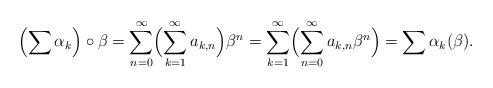
LaTeX: \begin{align*}\Bigl(\sum\alpha_k\Bigr)\circ\beta=\sum_{n=0}^\infty\Bigl(\sum_{k=1}^\infty a_{k,n}\Bigr)\beta^n=\sum_{k=1}^\infty\Bigl(\sum_{n=0}^\infty a_{k,n}\beta^n\Bigr)=\sum\alpha_k(\beta).\end{align*}